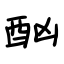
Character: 酗